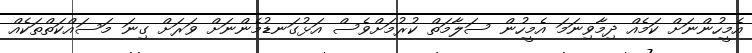
އެމީހުންނަށް ކަމެއް ދިމާވިނަމަ އެމީހުން ސަލާމަތް ކުރުމަށްވެސް އަޅުގަނޑުމެންނަށް ވަރަށް ގިނަ މަސައްކަތްތަކެއް